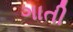
ગાતી